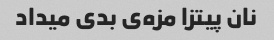
نان پیتزا مزه‌ی بدی میداد